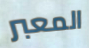
المعبر